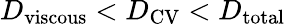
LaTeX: D_{\mathrm{viscous}}<D_{\mathrm{CV}}<D_{\mathrm{total}}